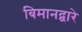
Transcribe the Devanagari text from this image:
बिमानद्वारे